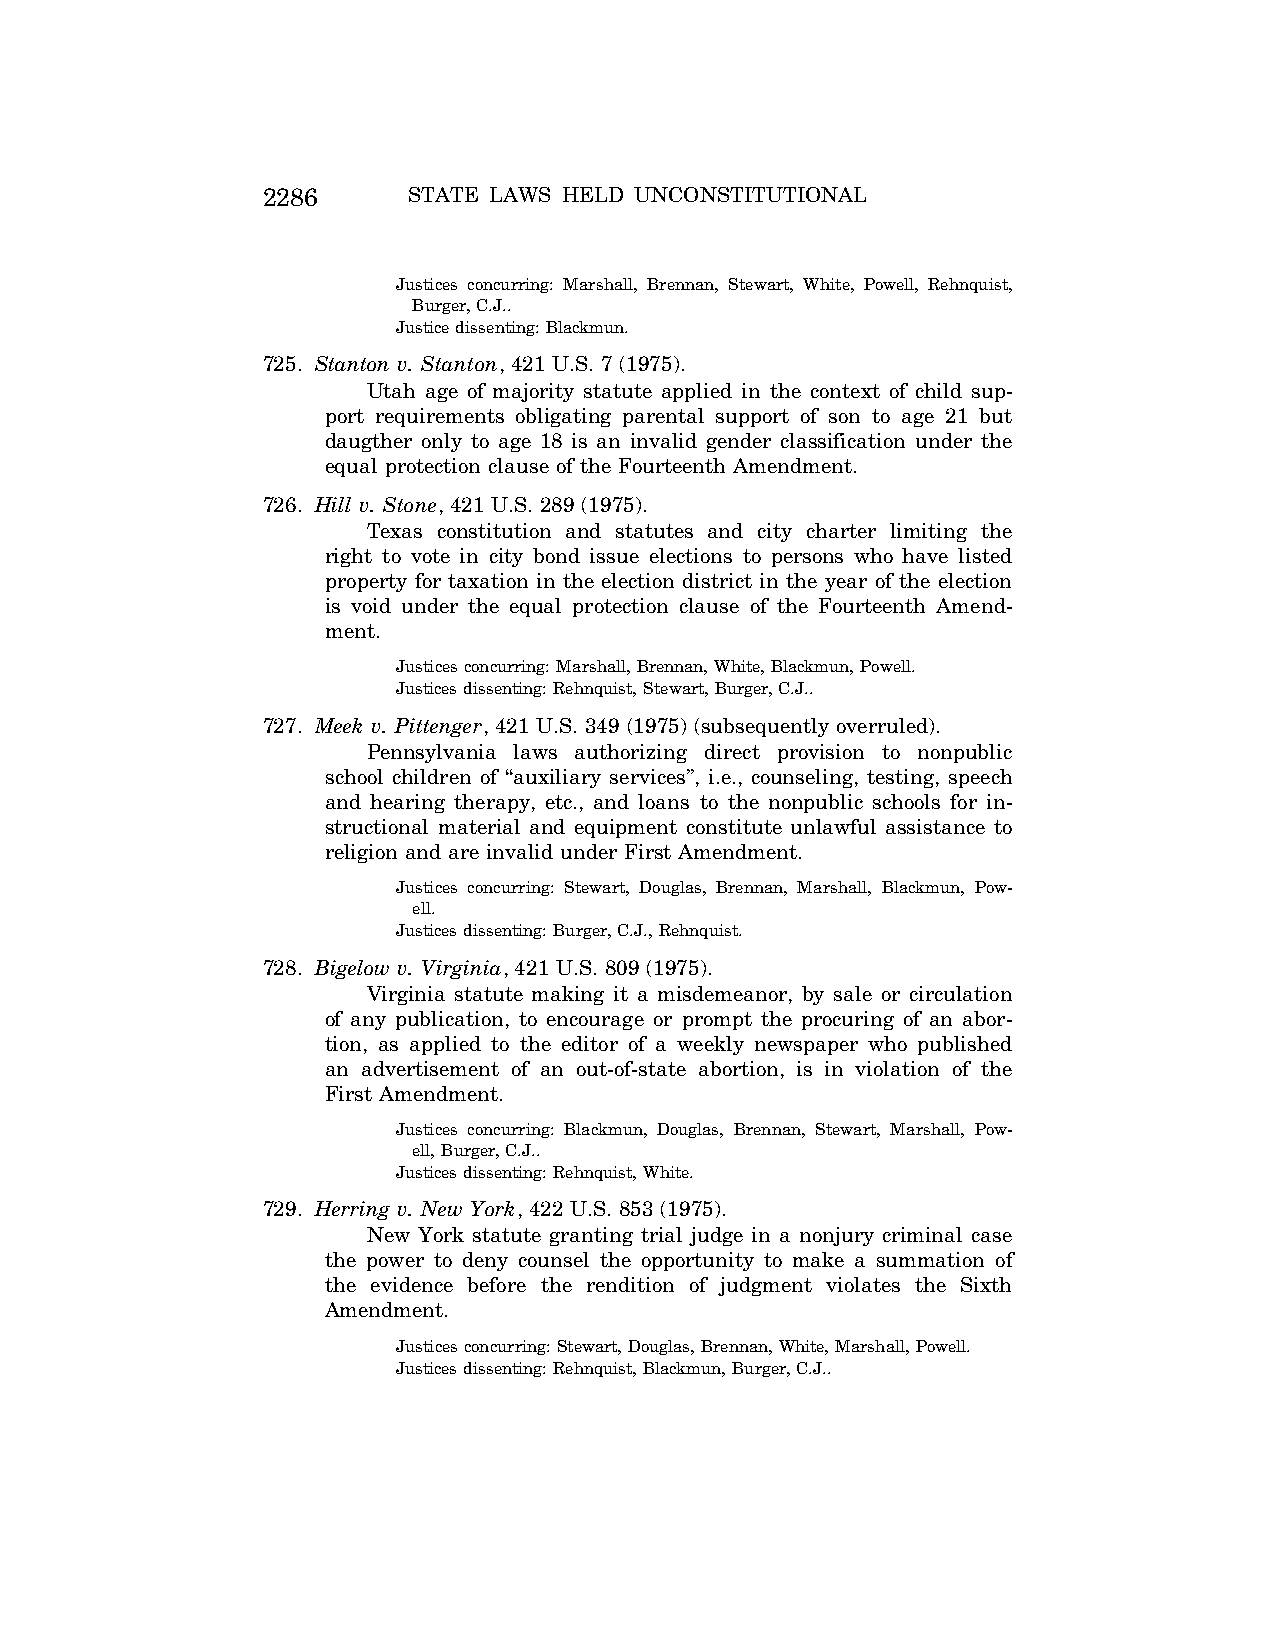
2286      STATE LAWS HELD UNCONSTITUTIONAL
 Justices concurring: Marshall, Brennan, Stewart, White, Powell, Rehnquist,
 Burger, C.J..
 Justice dissenting: Blackmun.
 725. Stanton v. Stanton, 421 U.S. 7 (1975).
 Utah age of majority statute applied in the context of child sup-
 port requirements obligating parental support of son to age 21 but
 daugther only to age 18 is an invalid gender classification under the
 equal protection clause of the Fourteenth Amendment.
 726. Hill v. Stone, 421 U.S. 289 (1975).
 Texas constitution and statutes and city charter limiting the
 right to vote in city bond issue elections to persons who have listed
 property for taxation in the election district in the year of the election
 is void under the equal protection clause of the Fourteenth Amend-
 ment.
 Justices concurring: Marshall, Brennan, White, Blackmun, Powell.
 Justices dissenting: Rehnquist, Stewart, Burger, C.J..
 727. Meek v. Pittenger, 421 U.S. 349 (1975) (subsequently overruled).
 Pennsylvania laws authorizing direct provision to nonpublic
 school children of ‘‘auxiliary services’’, i.e., counseling, testing, speech
 and hearing therapy, etc., and loans to the nonpublic schools for in-
 structional material and equipment constitute unlawful assistance to
 religion and are invalid under First Amendment.
 Justices concurring: Stewart, Douglas, Brennan, Marshall, Blackmun, Pow-
 ell.
 Justices dissenting: Burger, C.J., Rehnquist.
 728. Bigelow v. Virginia, 421 U.S. 809 (1975).
 Virginia statute making it a misdemeanor, by sale or circulation
 of any publication, to encourage or prompt the procuring of an abor-
 tion, as applied to the editor of a weekly newspaper who published
 an advertisement of an out-of-state abortion, is in violation of the
 First Amendment.
 Justices concurring: Blackmun, Douglas, Brennan, Stewart, Marshall, Pow-
 ell, Burger, C.J..
 Justices dissenting: Rehnquist, White.
 729. Herring v. New York, 422 U.S. 853 (1975).
 New York statute granting trial judge in a nonjury criminal case
 the power to deny counsel the opportunity to make a summation of
 the evidence before the rendition of judgment violates the Sixth
 Amendment.
 Justices concurring: Stewart, Douglas, Brennan, White, Marshall, Powell.
 Justices dissenting: Rehnquist, Blackmun, Burger, C.J..
 VerDate Aug<04>2004 12:57 Aug 23, 2004 Jkt 077500 PO 00000 Frm 00126 Fmt 8222 Sfmt 8222 C:\CONAN\CON064.SGM PRFM99 PsN: CON064